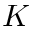
K